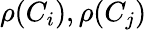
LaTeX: \rho(C_{i}),\rho(C_{j})